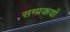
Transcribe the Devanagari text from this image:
सम्प्रयायों